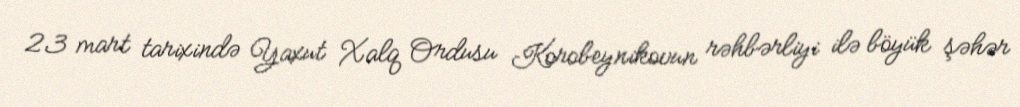
23 mart tarixində Yaxut Xalq Ordusu Korobeynikovun rəhbərliyi ilə böyük şəhər